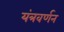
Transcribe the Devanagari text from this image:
यंत्रवर्णन